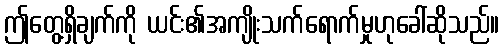
ဤတွေ့ရှိချက်ကို ယင်း၏အကျိုးသက်ရောက်မှုဟုခေါ်ဆိုသည်။